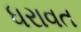
ધરાવત